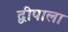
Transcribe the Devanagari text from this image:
द्वीपाला